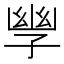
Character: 𫲪